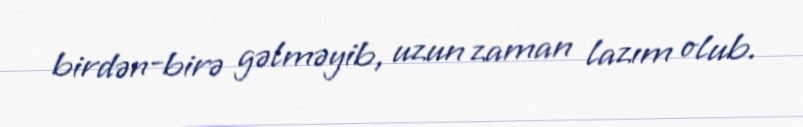
birdən-birə gəlməyib, uzun zaman lazım olub.